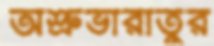
অশ্রুভারাতুর